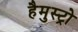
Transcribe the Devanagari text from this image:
हैमुस्ट्रो